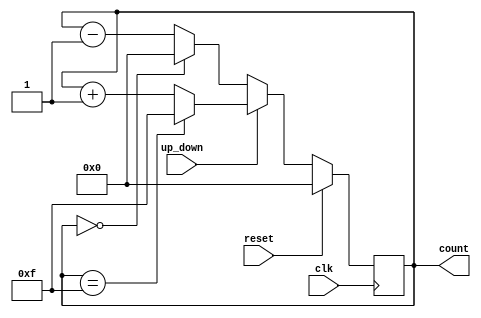
module UpDown(clk, reset, up_down, count);
input         clk;
input         reset;
input         up_down;
output  [3:0] count;

//===================== Your Design =====================
reg [3:0]count;         //

always @(posedge clk)   //CLK
begin
    if(reset)           //
        count <= 4'b0000;
    else
        if(up_down == 1'b1)         //1
            if(count == 4'b1111)
                count <= 4'b1111;
            else
                count <= count + 1;
        else if(up_down == 1'b0)    //0
            if(count == 4'b0000)
                count <= 4'b0000;
            else
                count <= count-1;
end

//===================== Your Design =====================
endmodule